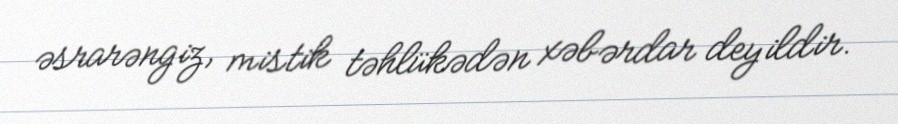
əsrarəngiz, mistik təhlükədən xəbərdar deyildir.